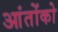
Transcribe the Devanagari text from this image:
आंतोंको